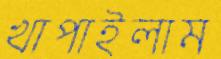
খাপাইলাম